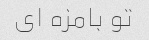
تو بامزه ای